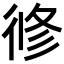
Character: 𢔜